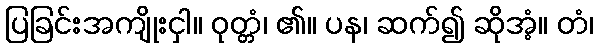
ပြခြင်းအကျိုးငှါ။ ဝုတ္တံ၊ ၏။ ပန၊ ဆက်၍ ဆိုအံ့။ တံ၊